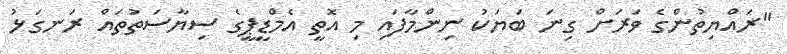
"ރައްޔިތުންގެ ވަރަށް ގިނަ ބަޔަކު ނިންމާފައި މި އޮތީ އެމްޑީޕީގެ ސިޔާސަތުތައް ރަނގަޅު